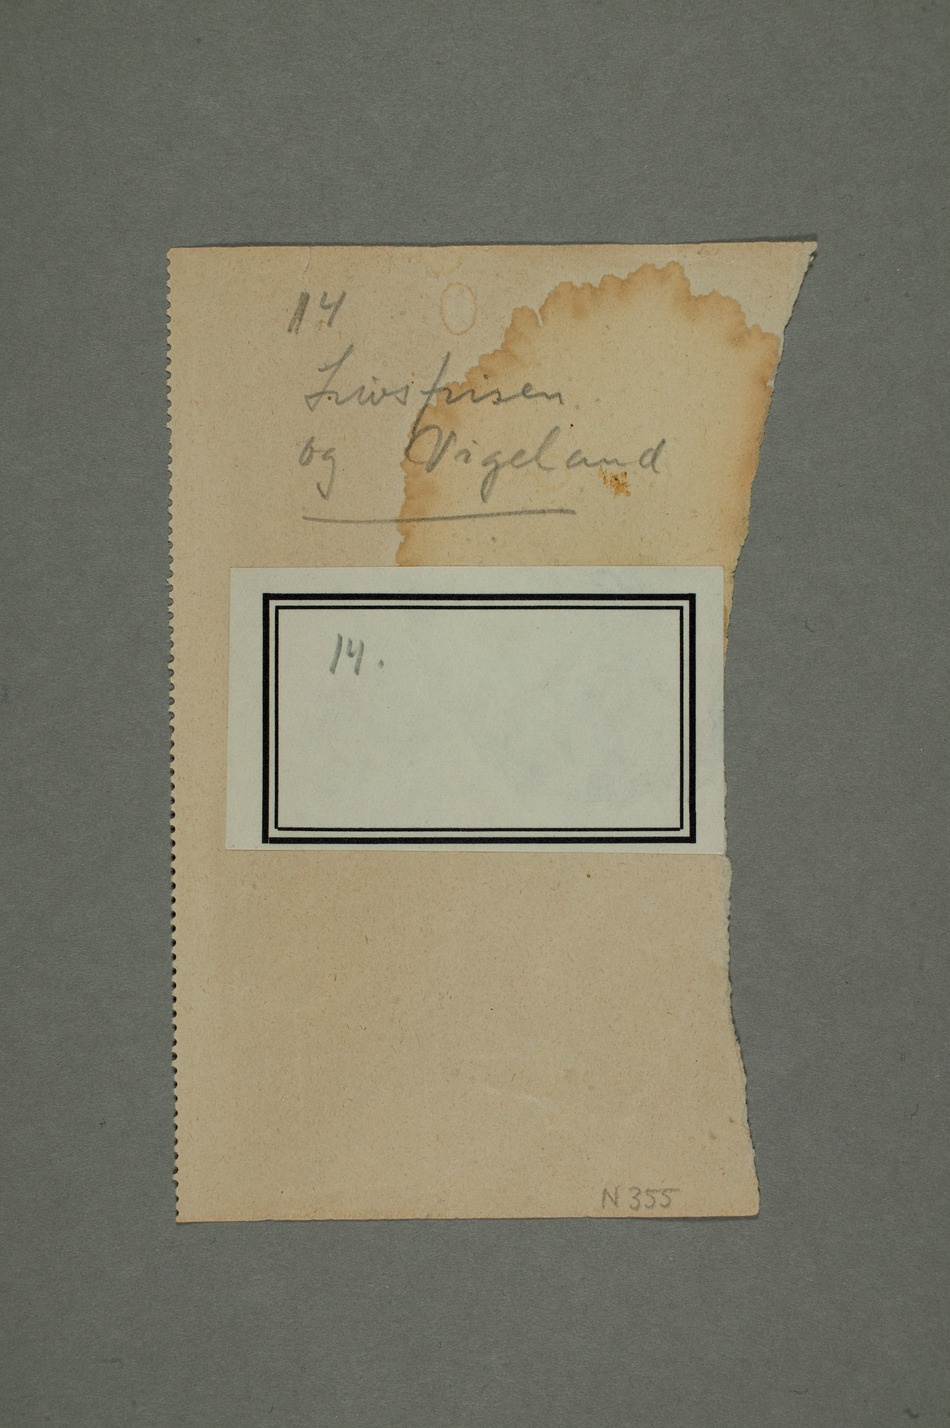
Vigeland